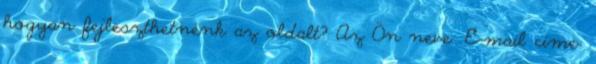
hogyan fejleszthetnénk az oldalt? Az Ön neve: E-mail címe: